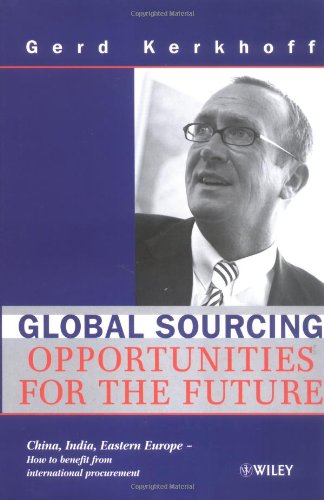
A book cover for Global Sourcing: Opportunities for the Future China, India, Eastern Europe -- How to Benefit from the Potential of International Procurement; Gerd Kerkhoff; Business & Money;